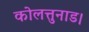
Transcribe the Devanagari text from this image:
कोलत्तुनाड।